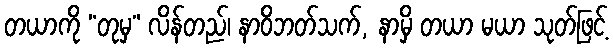
တယာကို “တုမှ” လိန်တည်၊ နာဝိဘတ်သက်, နာမှိ တယာ မယာ သုတ်ဖြင့်